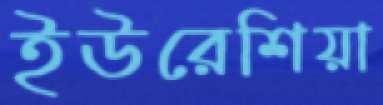
ইউরেশিয়া